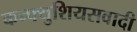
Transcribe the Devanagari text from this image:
कन्फ्युशियसवादी